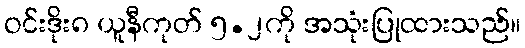
ဝင်းဒိုး၈ ယူနီကုတ် ၅.၂ကို အသုံးပြုထားသည်။